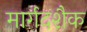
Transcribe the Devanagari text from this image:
मार्गदशैक